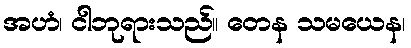
အဟံ၊ ငါဘုရားသည်။ တေန သမယေန၊